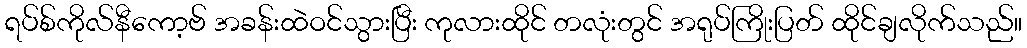
ရပ်စ်ကိုလ်နီကော့ဗ် အခန်းထဲဝင်သွားပြီး ကုလားထိုင် တလုံးတွင် အရုပ်ကြိုးပြတ် ထိုင်ချလိုက်သည်။